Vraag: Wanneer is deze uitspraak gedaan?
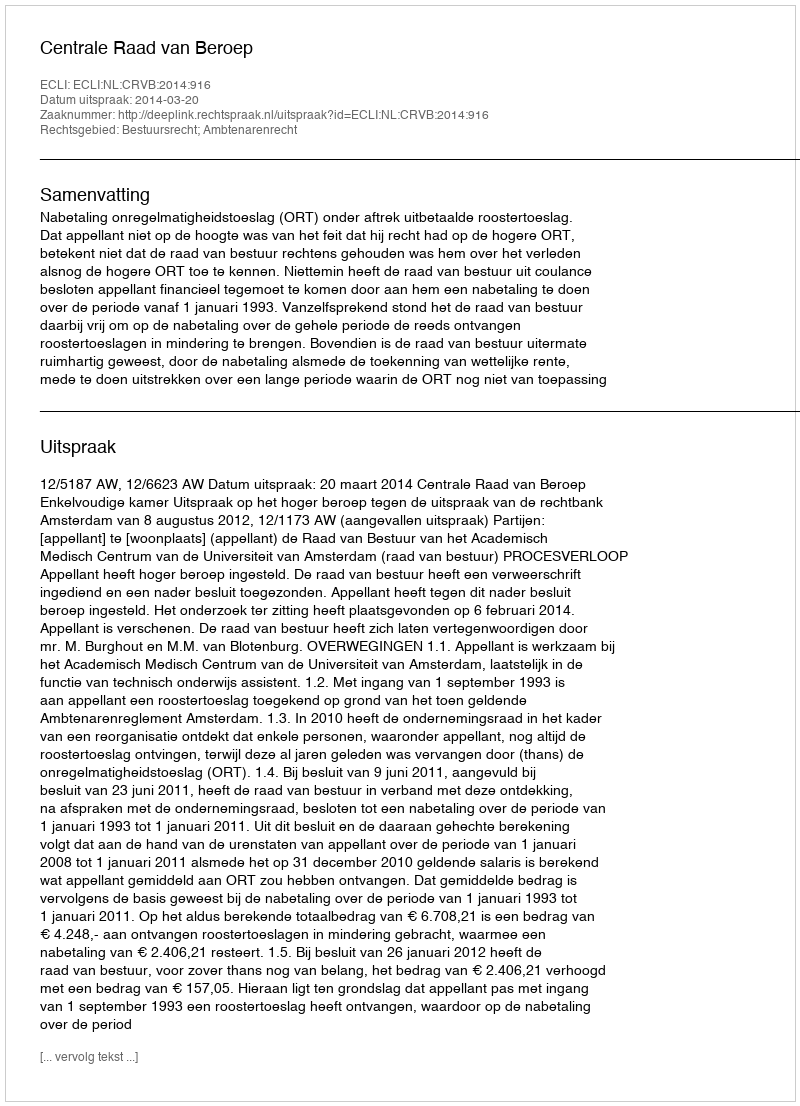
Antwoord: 2014-03-20